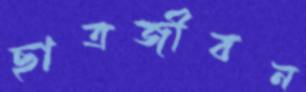
ছাত্রজীবন